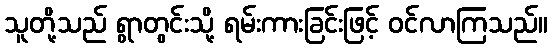
သူတို့သည် ရွာတွင်းသို့ ရမ်းကားခြင်းဖြင့် ဝင်လာကြသည်။